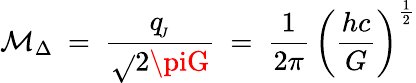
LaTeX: \mathcal{M}_{\Delta}\ =\ \frac{{q_{\! _{J}}}}{{\sqrt{}{{2\piG}}}}\ =\ \frac{{1}}{{2\pi}}\, \left({\frac{{hc}}{{G}}}\right)^{\frac{{1}}{{2}}}